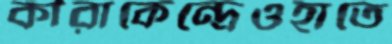
কীরাকেন্দ্রেওহাতে